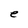
Character: e